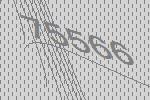
75566